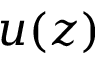
u ( z )